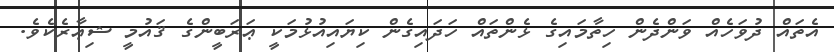
އެތައް ދުވަހެއް ވަންދެން ހިތާމައިގެ ޅެންތައް ހަދައިގެން ކިޔައިއުޅުމަކީ ޢަރަބީންގެ ޤައުމީ ޝިޢާރެކެވެ.